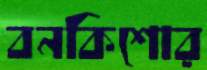
বনকিশোর